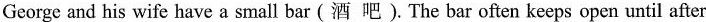
George and his wife have a small bar （酒 吧） . The bar often keeps open until after